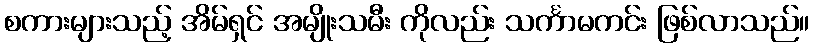
စကားများသည့် အိမ်ရှင် အမျိုးသမီး ကိုလည်း သင်္ကာမကင်း ဖြစ်လာသည်။